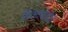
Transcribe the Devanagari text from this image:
डिक्ट्योटीन